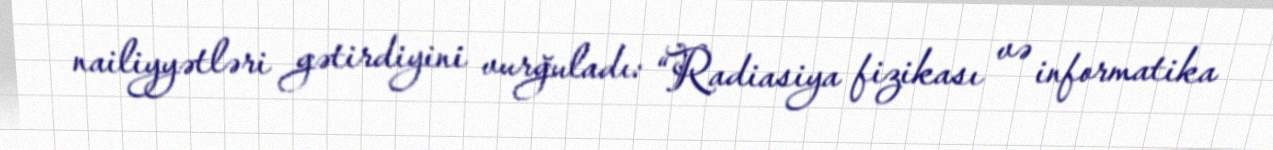
nailiyyətləri gətirdiyini vurğuladı: “Radiasiya fizikası və informatika